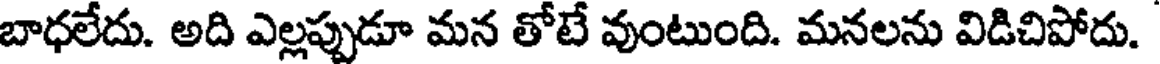
బాధలేదు. అది ఎల్లప్పుడూ మన తోటే వుంటుంది. మనలను విడిచిపోదు.